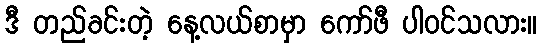
ဒီ တည်ခင်းတဲ့ နေ့လယ်စာမှာ ကော်ဖီ ပါဝင်သလား။